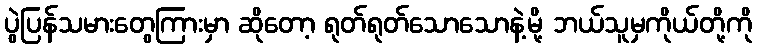
ပွဲပြန်သမားတွေကြားမှာ ဆိုတော့ ရုတ်ရုတ်သောသောနဲ့မို့ ဘယ်သူမှကိုယ်တို့ကို